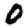
Digit: 0